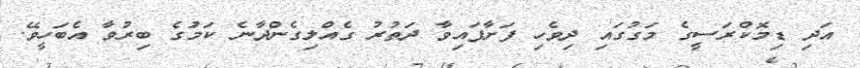
އަދި ޑިމޮކްރަސީގެ މަގުގައި ދިވެހި ފަށާފައިވާ ދަތުރު ގެއްލިގެންދާނެ ކަމަުގެ ބިރުވާ އެބަހީވޭ.